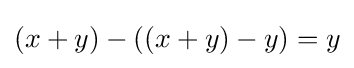
(x+y)-((x+y)-y)=y